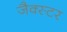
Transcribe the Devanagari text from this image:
जैक्स्टर